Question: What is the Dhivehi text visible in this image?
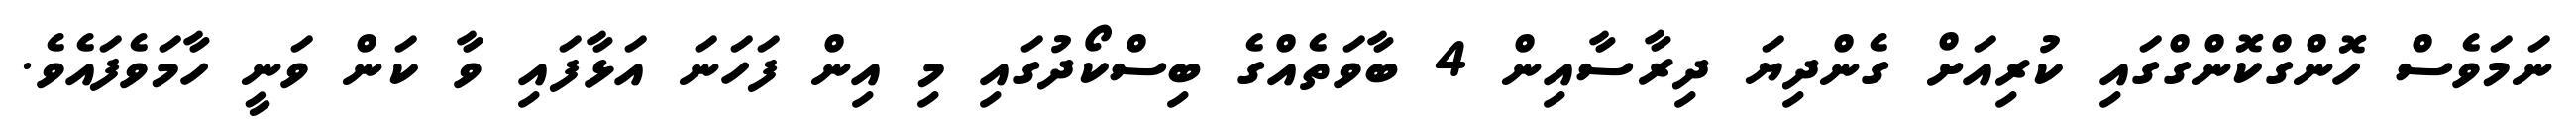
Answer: ނަމަވެސް ހޮންގްކޮންގްގައި ކުރިއަށް ގެންދިޔަ ދިރާސާއިން 4 ބާވަތެއްގެ ބިސްކޯދުގައި މި އިން ފަހަނަ އަޅާފައި ވާ ކަން ވަނީ ހާމަވެފައެވެ.